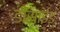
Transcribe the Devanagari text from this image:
डीसाईड